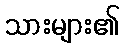
သားများ၏